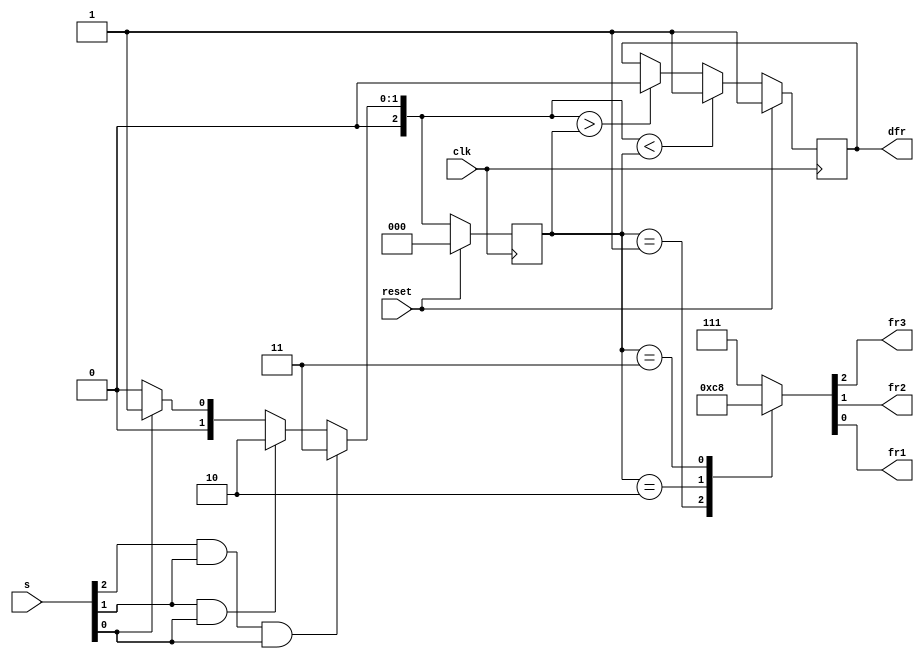
module top_module (
    input clk,
    input reset,
    input [3:1] s,
    output fr3,
    output fr2,
    output fr1,
    output dfr
); 
    parameter LevelA = 0, LevelB = 1, LevelC = 2, LevelD = 3;
    
    reg [2:0] state, next_state;
    reg dfr_tmp;
    wire [2:0] fr;

    assign dfr = dfr_tmp;
    assign {fr3,fr2,fr1} = fr;

    always @(*) begin
        if (s[3] == 1 && s[2] == 1 && s[1] == 1) begin
            next_state = LevelD;
        end
        else if (s[2] == 1 && s[1] == 1) begin
            next_state = LevelC;
        end
        else if (s[1] == 1) begin
            next_state = LevelB;
        end
        else begin
            next_state = LevelA;
        end
    end
    
    always @(posedge clk) begin
        if (reset) begin
            state <= 0;
            dfr_tmp <= 1;
        end
        else begin
            state <= next_state;

            if (next_state < state)
                dfr_tmp <= 1;
            else if (next_state > state)
                dfr_tmp <= 0;
        end
    end
    
    always @(*) begin
        case (state)
            LevelA: fr = 3'b111;
            LevelB: fr = 3'b011;
            LevelC: fr = 3'b001;
            LevelD: fr = 3'b000;
            default: fr = 3'b111;
        endcase
    end
       
endmodule